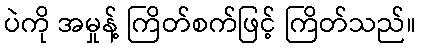
ပဲကို အမှုန့် ကြိတ်စက်ဖြင့် ကြိတ်သည်။